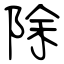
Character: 除